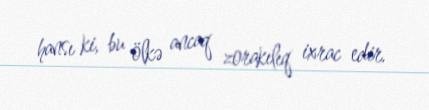
hansı ki, bu ölkə ancaq zorakılıq ixrac edir.